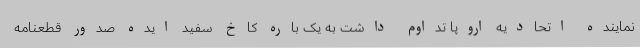
نماینده اتحادیه اروپا تداوم داشت به یک باره کاخ سفید ایده صدور قطعنامه